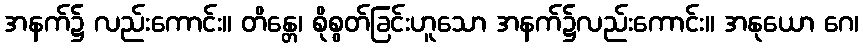
အနက်၌ လည်းကောင်း။ တိန္တေ၊ စိုစွတ်ခြင်းဟူသော အနက်၌လည်းကောင်း။ အနုယော ဂေ၊